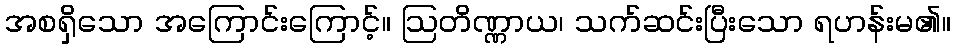
အစရှိသော အကြောင်းကြောင့်။ ဩတိဏ္ဏာယ၊ သက်ဆင်းပြီးသော ရဟန်းမ၏။